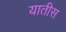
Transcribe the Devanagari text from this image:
यातीस